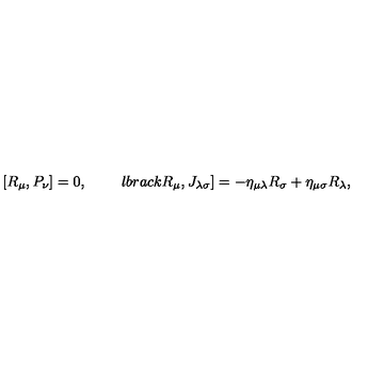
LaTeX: \lbrack R _ { \mu } , P _ { \nu } \rbrack = 0 , \qquad \ l b r a c k R _ { \mu } , J _ { \lambda \sigma } \rbrack = - \eta _ { \mu \lambda } R _ { \sigma } + \eta _ { \mu \sigma } R _ { \lambda } ,